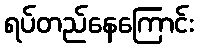
ရပ်တည်နေကြောင်း